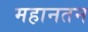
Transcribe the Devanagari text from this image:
महानतन